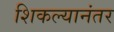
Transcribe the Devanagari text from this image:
शिकल्यानंतर